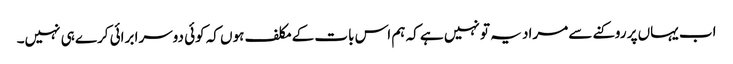
اب یہاں پر روکنے سے مراد یہ تو نہیں ہے کہ ہم اس بات کے مکلف ہوں کہ کوئی دوسرا برائی کرے ہی نہیں۔